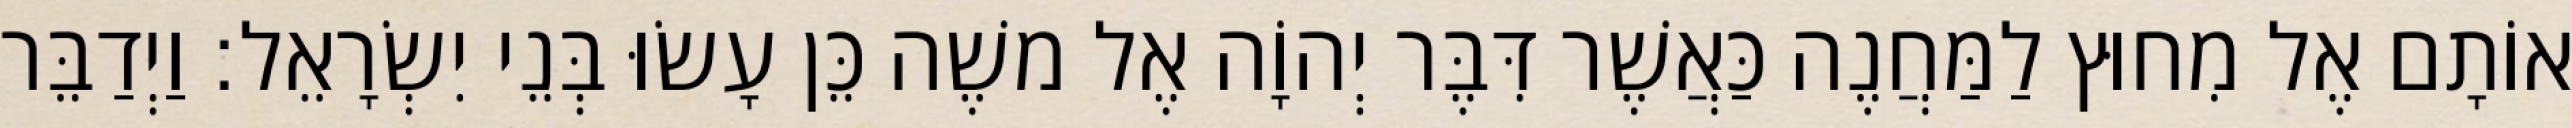
אוֹתָם אֶל מִחוּץ לַמַּחֲנֶה כַּאֲשֶׁר דִּבֶּר יְהוָֹה אֶל משֶׁה כֵּן עָשׂוּ בְּנֵי יִשְׂרָאֵל׃ וַיְדַבֵּר